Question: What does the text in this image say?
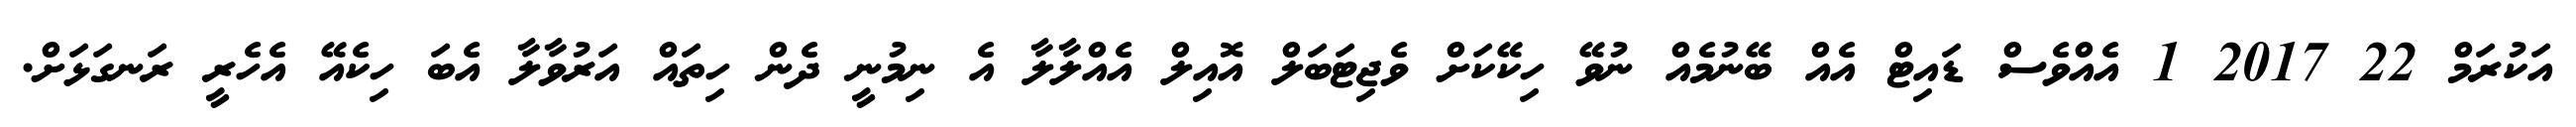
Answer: އަކުރަމް 22 2017 1 އެއްވެސް ޑައިޓް އެއް ބޭނުމެއް ނުވޭ ހިކޭކަށް ވެޖިޓަބަލް އޮއިލް އެއްލާލާ އެ ނިމުނީ ދެން ހިތައް އަރުވާލާ އެބަ ހިކެއޭ އެހެރީ ރަނގަޅަށް.